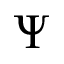
\Psi